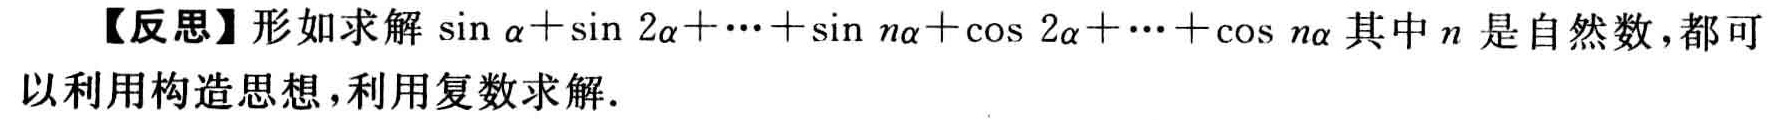
【反思】形如求解\(\sin\alpha+\sin2\alpha+\cdots+\sin n\alpha+\cos2\alpha+\cdots+\cos n\alpha\)其中\(n\)是自然数，都可以利用构造思想，利用复数求解.